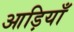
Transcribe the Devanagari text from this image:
आड़ियाँ